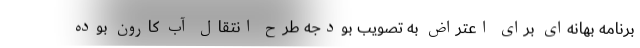
برنامه بهانه‌ای برای اعتراض به تصویب بودجه طرح انتقال آب کارون بوده